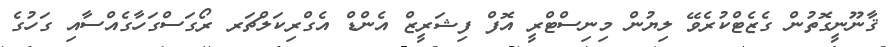
ޤާނޫނީގޮތުން ގެޒެޓްކުރެވޭ ލިޔުން މިނިސްޓްރީ އޮފް ފިޝަރީޒް އެންޑް އެގްރިކަލްޗަރ ރޯގަސްގަހާގެއްސާއި ގަހުގެ